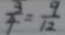
\frac { 3 } { 4 } = \frac { 9 } { 1 2 }